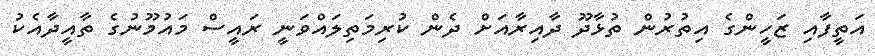
އަތީފާއި ޒަހީންގެ އިތުރުން ތުޅާދޫ ދާއިރާއަށް ދެން ކުރިމަތިލައްވަނީ ރައީސް މައުމޫނުގެ ތާއީދާއެކު